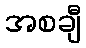
အစချီ